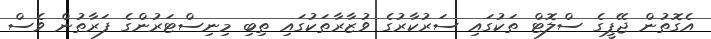
އެގޮތުން ޖޭޕީގެ ސްލޮޓް ތަކުގައި ސަރުކާރުގެ ވުޒާރާތަކުގައި ތިބި މިނިސްޓަރުންގެ ފަރާތުން ވެސް